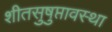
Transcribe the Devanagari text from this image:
शीतसुषुप्तावस्था